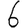
Digit: 6